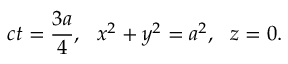
c t = \frac { 3 a } { 4 } , \, \, \, \, x ^ { 2 } + y ^ { 2 } = a ^ { 2 } , \, \, \, \, z = 0 .